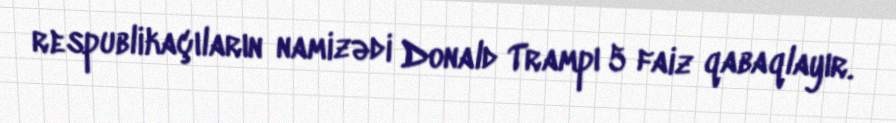
respublikaçıların namizədi Donald Trampı 5 faiz qabaqlayır.